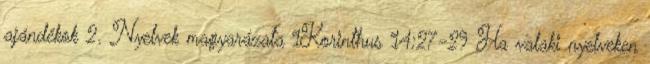
ajándékok 2. Nyelvek magyarázata 1Korinthus 14:27-29 Ha valaki nyelveken